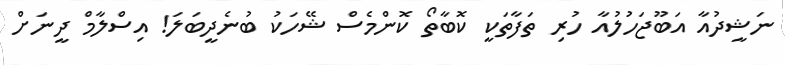
ނަޝީދުއާ އަބޫޖަހުލުއާ ހުރި ތަފާތަކީ ކޮބާތޯ ކޮންމެސް ޝޭހަކު ބުނެދީބަލަ! އިސްލާމް ދީނަށް